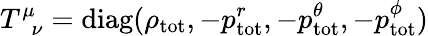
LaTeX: T_{\, \, \, \nu}^{\mu}=\mathrm{diag}(\rho_{\mathrm{tot}},-p_{\mathrm{tot}}^{r},-p_{\mathrm{tot}}^{\theta},-p_{\mathrm{tot}}^{\phi})